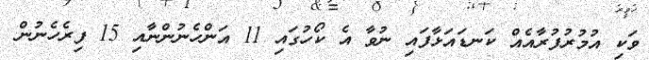
ވަކި އުމުރުފުރާއެއް ކަނޑައަޅާފައި ނުވާ އެ ކޯހުގައި 11 އަންހެނުންނާއި 15 ފިރެހެނުން